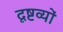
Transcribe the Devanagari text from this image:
दृष्टव्यों